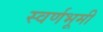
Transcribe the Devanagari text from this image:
स्वर्णभूमी